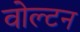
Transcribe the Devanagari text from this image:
वोल्टन